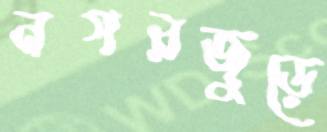
নগরজুড়ে